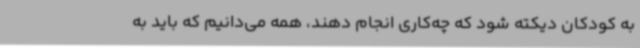
به کودکان دیکته شود که چه‌کاری انجام دهند، همه می‌دانیم که باید به